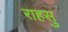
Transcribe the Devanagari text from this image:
राहसु